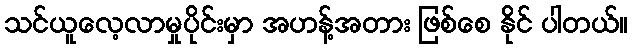
သင်ယူလေ့လာမှုပိုင်းမှာ အဟန့်အတား ဖြစ်စေ နိုင် ပါတယ်။